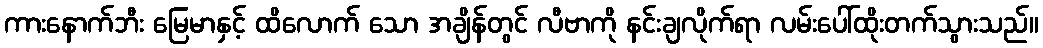
ကားနောက်ဘီး မြေမာနှင့် ထိလောက် သော အချိန်တွင် လီဗာကို နင်းချလိုက်ရာ လမ်းပေါ်ထိုးတက်သွားသည်။